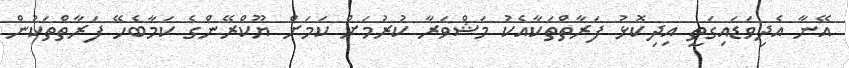
އޭނާ އެދިވަޑައިގަތީ އިދިކޮޅު ފަރާތްތަކާއެކު މަޝްވަރާ ކުރުމަށް ކަމަށް ޔޫކްރޭންގެ ކަމާބެހޭ ފަރާތްތަކުން